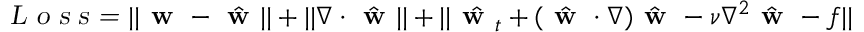
\textsl { L o s s = } | | \textbf { w } - \hat { \textbf { w } } | | + | | \nabla \cdot \hat { \textbf { w } } | | + | | \hat { \textbf { w } _ { t } } + ( \hat { \textbf { w } } \cdot \nabla ) \hat { \textbf { w } } - \nu \nabla ^ { 2 } \hat { \textbf { w } } - f | |